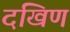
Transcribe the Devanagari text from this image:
दखिण